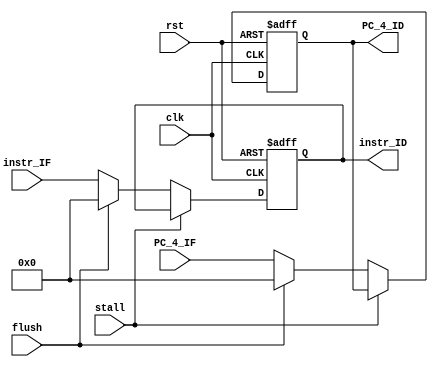
module IF_ID(clk,rst,PC_4_IF,instr_IF,stall,flush,
PC_4_ID,instr_ID);
input clk;
input rst;
input [31:0] PC_4_IF;
input [31:0] instr_IF;
input stall;
input flush;
output [31:0] PC_4_ID;
output [31:0] instr_ID;

reg [31:0] PC_4_ID;
reg [31:0] instr_ID;

always @(posedge clk or negedge rst)
begin
  if(~rst)
    begin
	PC_4_ID <= 32'b0;
	instr_ID <= 32'b0;
    end
  else if(stall)
    begin
	PC_4_ID <= PC_4_ID;
	instr_ID <= instr_ID;
    end
  else if(flush)
    begin
	PC_4_ID <= 32'b0;
	instr_ID <= 32'b0;
    end
  else
    begin
	PC_4_ID <= PC_4_IF;
	instr_ID <= instr_IF;
    end
end
endmodule